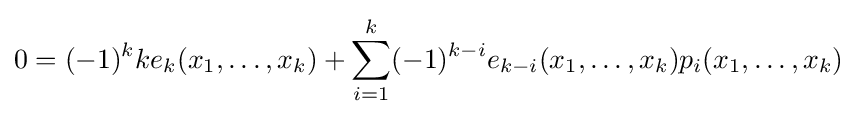
0=(-1)^{k}ke_{k}(x_{1},\ldots ,x_{k})+\sum _{i=1}^{k}(-1)^{k-i}e_{k-i}(x_{1},\ldots ,x_{k})p_{i}(x_{1},\ldots ,x_{k})